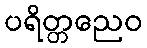
ပရိတ္တညေဝ